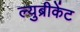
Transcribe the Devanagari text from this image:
ल्युब्रीकेंट